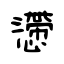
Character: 懘